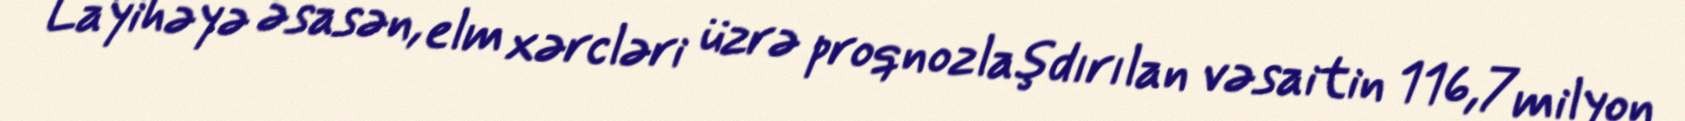
Layihəyə əsasən, elm xərcləri üzrə proqnozlaşdırılan vəsaitin 116,7 milyon